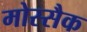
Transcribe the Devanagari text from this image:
मोस्सैक